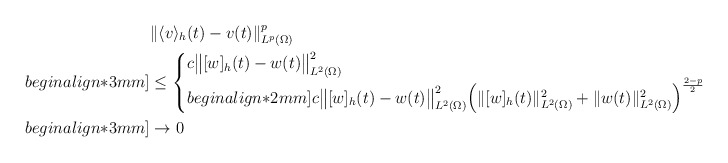
\begin{align*}&\|\langle v \rangle_h(t)-v(t)\|_{L^p(\Omega)}^p \\begin{align*}3mm]&\leq \begin{cases}c \big\|[w]_h(t)-w(t)\big\|_{L^2(\Omega)}^2&\textrm{for}\,\,\,p\geq 2 \\begin{align*}2mm]c\big\|[w]_h(t)-w(t)\big\|_{L^2(\Omega)}^2\Big(\|[w]_h(t)\|_{L^2(\Omega)}^2+\|w(t)\|_{L^2(\Omega)}^2\Big)^{\frac{2-p}{2}} &\textrm{for}\,\,\,1\leq p< 2\end{cases}\\begin{align*}3mm]&\to 0\end{align*}